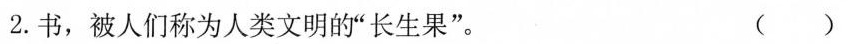
2.书，被人们称为人类文明的”长生果”。（ ）